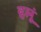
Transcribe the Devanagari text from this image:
हलूं